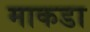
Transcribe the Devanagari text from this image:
माकडा